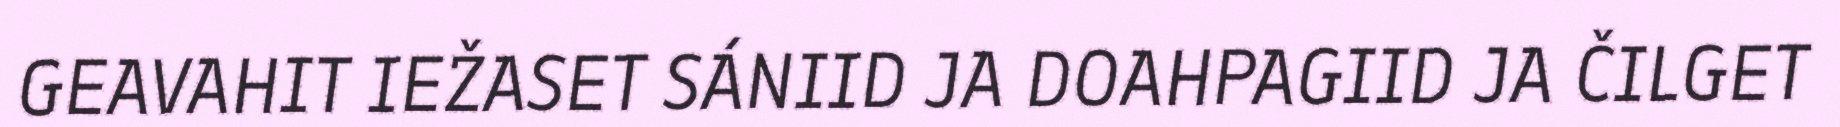
GEAVAHIT IEŽASET SÁNIID JA DOAHPAGIID JA ČILGET